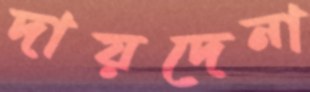
দায়দেনা